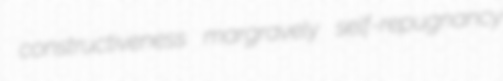
constructiveness margravely self-repugnancy